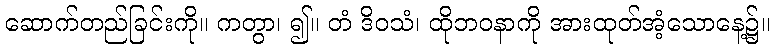
ဆောက်တည်ခြင်းကို။ ကတွာ၊ ၍။ တံ ဒိဝသံ၊ ထိုဘဝနာကို အားထုတ်အံ့သောနေ့၌။